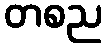
တစည